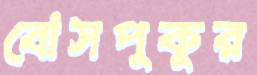
বোসপুকুর